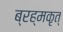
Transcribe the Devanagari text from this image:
ब्रह्मकृत्